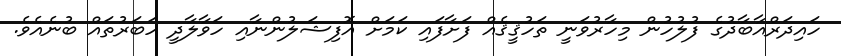
ހައިދަރްއާބާދުގެ ފުލުހުން މިހާރުވަނީ ތަހުޤީޤެއް ފަށާފައި ކަމަށް އޮފިޝަލުންނާއި ހަވާލާދީ ހަބަރުތައް ބުނެއެވެ.